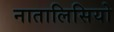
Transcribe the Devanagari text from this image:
नातालिसियो